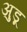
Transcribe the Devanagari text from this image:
अुडू